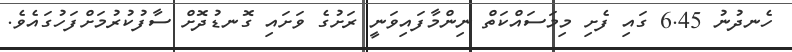
ހެނދުނު 6.45 ގައި ފެށި މިމަސައްކަތް ނިންމާފައިވަނީ ރަށުގެ ވަށައި ގޮނޑުދޮށް ސާފުކުރުމަށްފަހުގައެވެ.